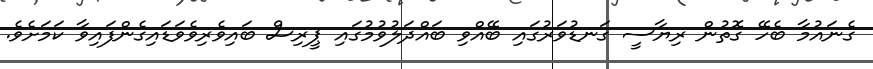
ގެނައުމާ ބެހޭ ގޮތުން ރިޔާސީ ގަނޑުވަރުގައި ބޭއްވި ބައްދަލުވުމުގައި ޕީރިސް ބައިވެރިވެވަޑައިގެންފައިވާ ކަމަށެވެ.